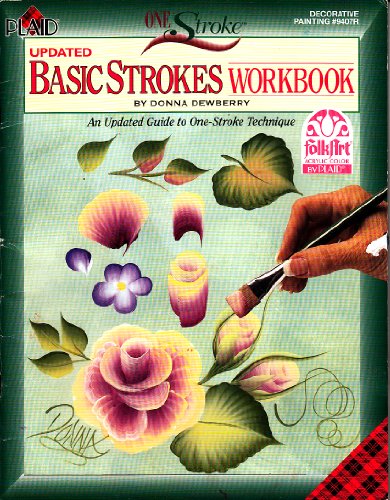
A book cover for One Stroke Updated Basic Strokes Workbook : An Updated Guide to One Stroke Technique (An Updated Guide to One-stroke Technique); Donna Dewberry; Arts & Photography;